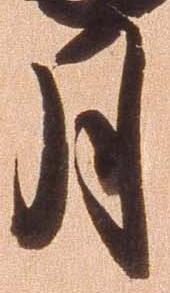
月